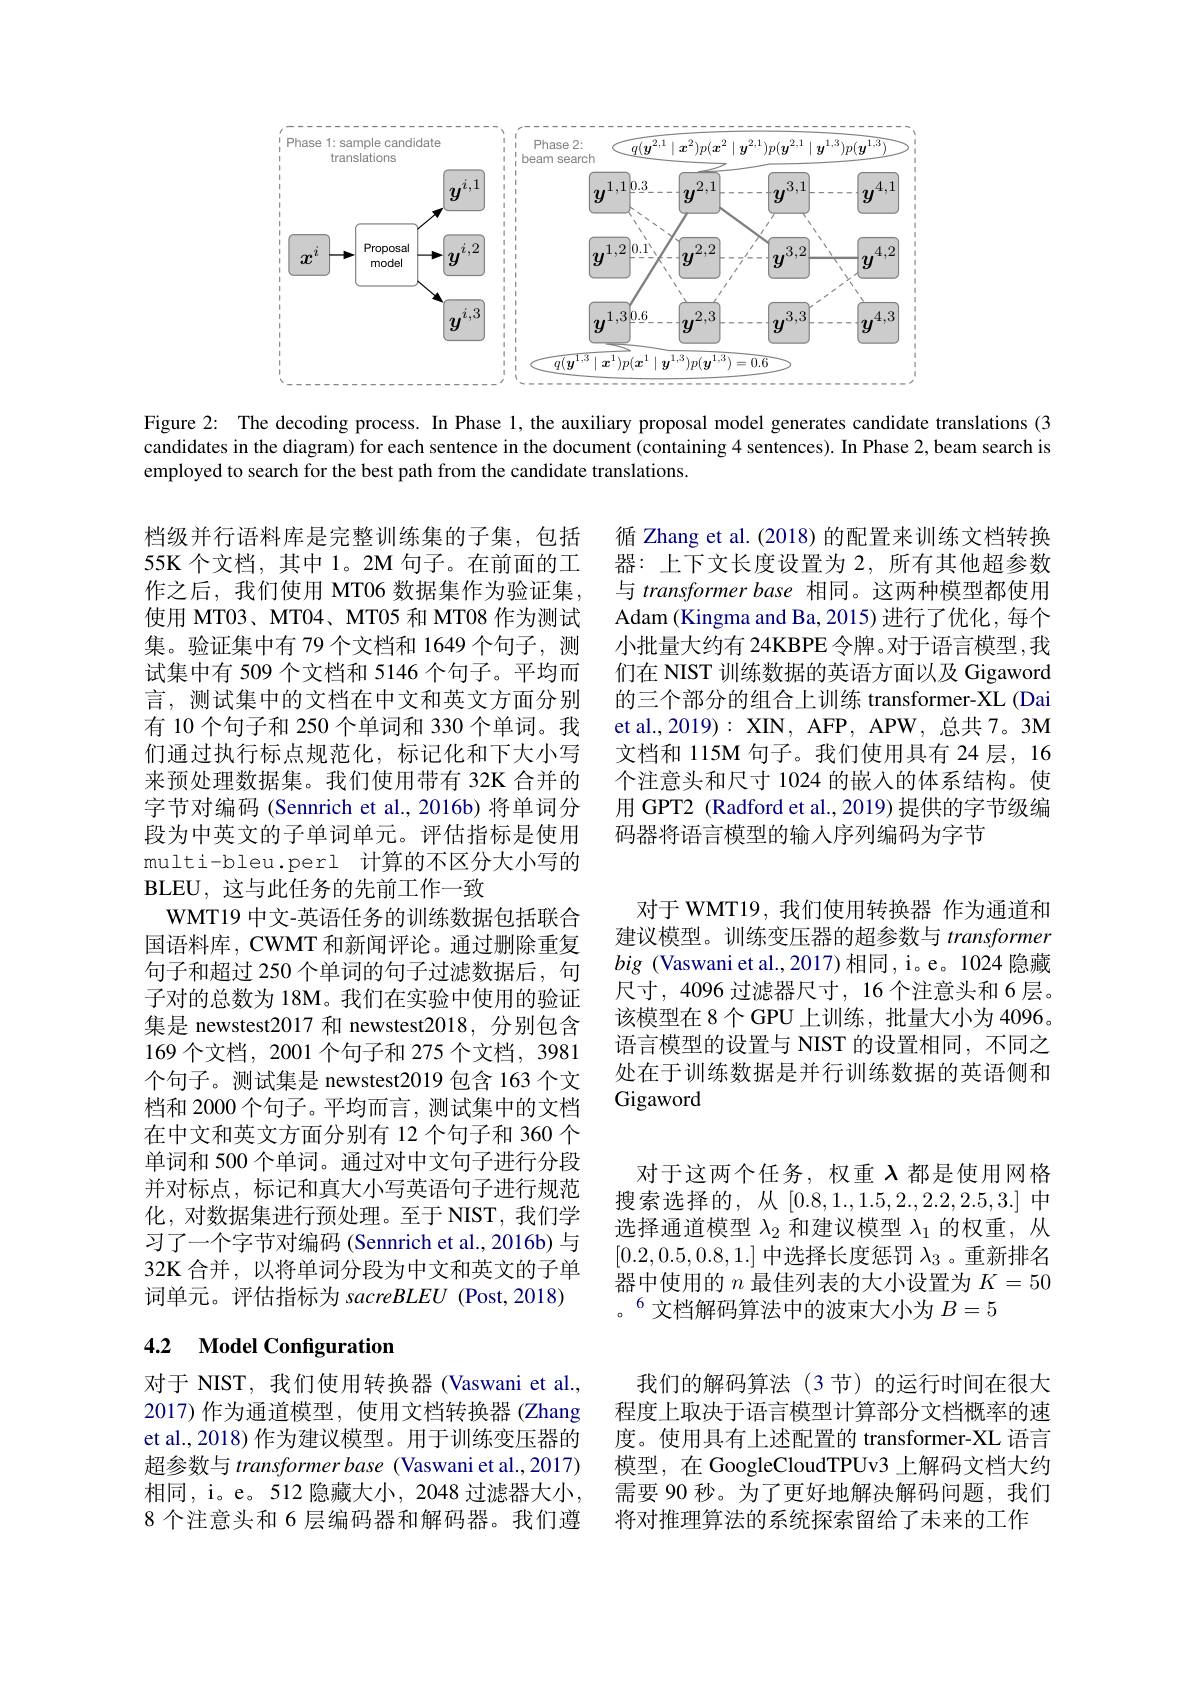
<FigureHere>

Figure 2: The decoding process. In Phase 1, the auxiliary proposal model generates candidate translations (3 candidates in the diagram) for each sentence in the document (containing 4 sentences). In Phase 2,beam search is employed to search for the best path from the candidate translations.

循 Zhang et al. (2018) 的配置来训练文档转换器：上下文长度设置为 2,所有其他超参数与 transformer base 相同。这两种模型都使用Adam (Kingma and Ba, 2015) 进行了优化，每个小批量大约有 24KBPE 令牌。对于语言模型 ,我们在 NIST 训练数据的英语方面以及 Gigaword 的三个部分的组合上训练 transformer-XL (Dai et al., 2019) : XIN, AFP, APW, 总共 7。3M 文档和 115M 句子。我们使用具有 24 层，16个注意头和尺寸 1024 的嵌入的体系结构。使用 GPT2 (Radford et al., 2019) 提供的字节级编码器将语言模型的输入序列编码为字节

档级并行语料库是完整训练集的子集，包括55K 个文档，其中 1。2M 句子。在前面的工作之后，我们使用 MT06 数据集作为验证集， 使用 MT03、MT04、MT05 和 MT08 作为测试集。验证集中有 79 个文档和 1649 个句子，测试集中有 509 个文档和 5146 个句子。平均而言，测试集中的文档在中文和英文方面分别有 10 个句子和 250 个单词和 330 个单词。我们通过执行标点规范化，标记化和下大小写来预处理数据集。我们使用带有 32K 合并的字节对编码 (Sennrich et al.,2016b) 将单词分段为中英文的子单词单元。评估指标是使用multi-bleu.perl 计算的不区分大小写的BLEU, 这 与 此 任 务 的 先 前 工 作 一 致
WMT19 中文-英语任务的训练数据包括联合国语料库，CWMT 和新闻评论。通过删除重复句子和超过 250 个单词的句子过滤数据后，句子对的总数为 18M。我们在实验中使用的验证集是 newstest2017 和 newstest2018, 分别包含169 个文档，2001 个句子和 275 个文档，3981个句子。测试集是 newstest2019 包含 163 个文档和 2000 个句子。平均而言，测试集中的文档在中文和英文方面分别有 12 个句子和 360 个单词和 500 个单词。通过对中文句子进行分段并对标点，标记和真大小写英语句子进行规范化，对数据集进行预处理。至于 NIST, 我们学习了一个字节对编码 (Sennrich et al., 2016b) 与32K 合并，以将单词分段为中文和英文的子单词单元。评估指标为 sacreBLEU (Post,2018)

对于 WMT19,我们使用转换器 作为通道和建议模型。训练变压器的超参数与 transformer big (Vaswani et al.,2017)相同，i。e。1024 隐藏尺寸，4096 过滤器尺寸，16 个注意头和 6 层。该模型在 8 个 GPU 上训练，批量大小为 4096。语言模型的设置与 NIST 的设置相同，不同之处在于训练数据是并行训练数据的英语侧和Gigaword

对于这两个任务，权重$\lambda$都是使用网格搜索选择的，从[0.8,1.,1.5,2.,2.2,2.5,3.]中选择通道模型$\lambda_2$和建议模型$\lambda_1$的权重，从[0.2,0.5,0.8,1.]中选择长度惩罚$\lambda_3$ 。重新排名器中使用的$n$最佳列表的大小设置为$K=50$ 。文档解码算法中的波束大小为$B=5$

## 4.2 $\textbf{Model Configuration}$

对于 NIST, 我们使用转换器 (Vaswani et al., 2017)作为通道模型，使用文档转换器(Zhang et al., 2018) 作为建议模型。用于训练变压器的超参数与 transformer base (Vaswani et al.,2017) 相同，i。e。512 隐藏大小，2048 过滤器大小， 8 个注意头和 6 层编码器和解码器。我们遵

我们的解码算法(3节)的运行时间在很大程度上取决于语言模型计算部分文档概率的速度。使用具有上述配置的 transformer-XL 语言模型，在 GoogleCloudTPUv3 上解码文档大约需要 90 秒。为了更好地解决解码问题，我们将对推理算法的系统探索留给了未来的工作